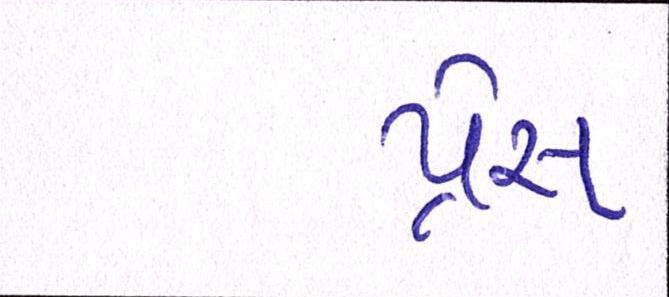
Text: પ્રેસ